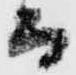
而